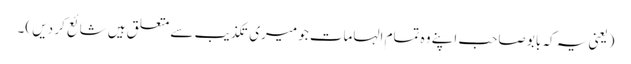
(یعنی یہ کہ بابو صاحب اپنے وہ تمام الہامات جو میری تکذیب سے متعلق ہیں شائع کر دیں )۔